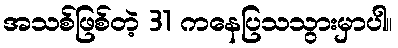
အသစ်ဖြစ်တဲ့ 31 ကနေပြသသွားမှာပါ။